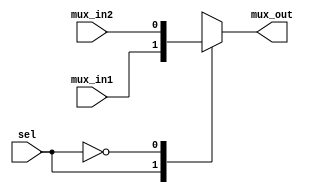
module mux_case
(input wire mux_in1, mux_in2, sel,
output reg mux_out);

always @ (mux_in1 or mux_in2 or sel)
begin
case (sel)
1'b1 : mux_out = mux_in1;
1'b0 : mux_out = mux_in2;

endcase
end
endmodule